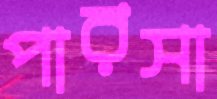
পারসা